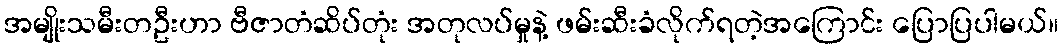
အမျိုးသမီးတဦးဟာ ဗီဇာတံဆိပ်တုံး အတုလပ်မှုနဲ့ ဖမ်းဆီးခံလိုက်ရတဲ့အကြောင်း ပြောပြပါမယ်။